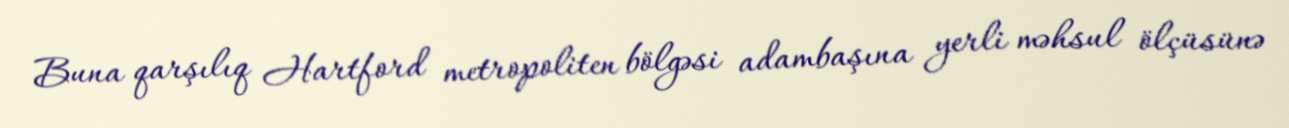
Buna qarşılıq Hartford metropoliten bölgəsi adambaşına yerli məhsul ölçüsünə